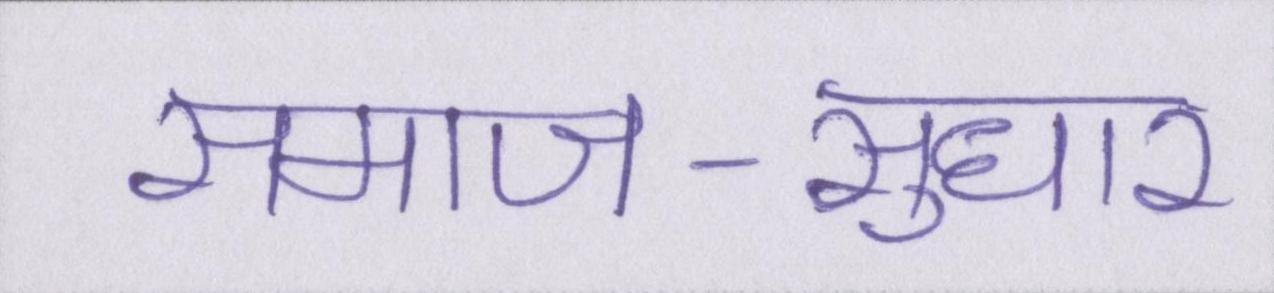
समाज-सुधार